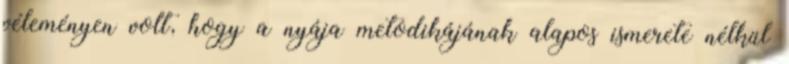
véleményen volt, hogy a nyája metodikájának alapos ismerete nélkül